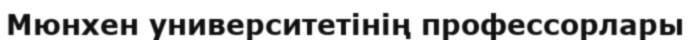
Мюнхен университетінің профессорлары